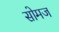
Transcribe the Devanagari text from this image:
सोमज